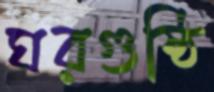
ঘরগুষ্ঠি